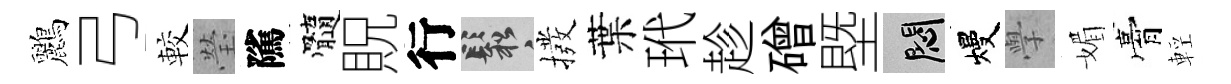
鸝弓較瑩隲髓貺行鬆撥葉玳趁磳塈悶熳𭓕媚膏輕